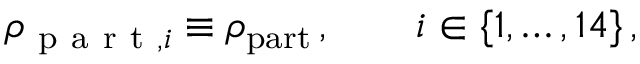
\begin{array} { r } { \rho _ { \mathrm { ~ p ~ a ~ r ~ t ~ } , i } \equiv \rho _ { \mathrm { p a r t } } \, , \qquad i \in \{ 1 , \dots , 1 4 \} \, , } \end{array}